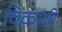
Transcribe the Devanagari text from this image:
विकावी